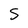
Character: S